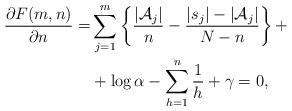
LaTeX: \begin{align*}\frac{\partial F ( m, n ) }{\partial n} = & \sum_{j=1}^m \left\{ \frac{| \mathcal{A}_j |}{ n } - \frac{ |s_j| - | \mathcal{A}_j | }{N - n } \right\} + \\& + \log \alpha - \sum_{h=1}^n \frac{1}{h} + \gamma = 0,\end{align*}